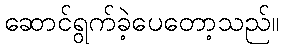
ဆောင်ရွက်ခဲ့ပေတော့သည်။